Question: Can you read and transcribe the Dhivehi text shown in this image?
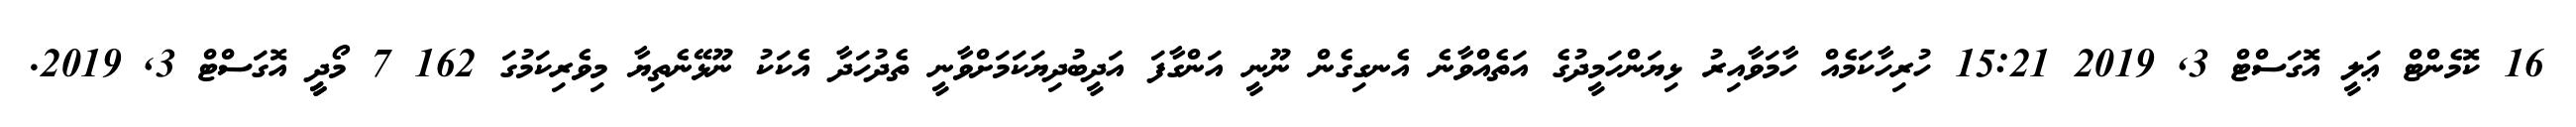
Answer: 16 ކޮމެންޓް ޢަލީ އޮގަސްޓް 3, 2019 15:21 ހުރިހާކަމެއް ހާމަވާއިރު ޅިޔަންހަމީދުގެ އަތެއްވާނެ އެނގިގެން ނޫނީ އަންގާފަ އަދީބުދިޔަކަމަށްވާނީ ތެދުހަދާ އެކަކު ނޫޅޭނެތިޔާ މިވެރިކަމުގަ 162 7 މޯދީީ އޮގަސްޓް 3, 2019.